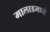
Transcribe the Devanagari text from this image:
मालाडमध्ये